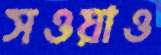
সওয়াও